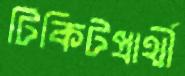
টিকিটপ্রার্থী